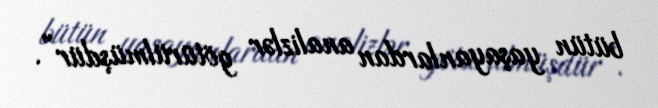
bütün yaşayanlardan analizlər götürülmüşdür”.